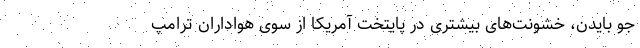
جو بایدن، خشونت‌های بیشتری در پایتخت آمریکا از سوی هواداران ترامپ